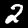
Digit: 2